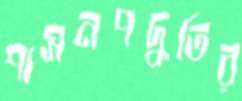
শাসনপদ্ধতির